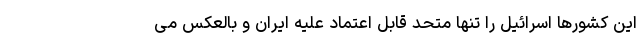
این کشورها اسرائیل را تنها متحد قابل اعتماد علیه ایران و بالعکس می